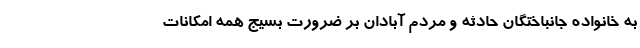
به خانواده جانباختگان حادثه و مردم آبادان بر ضرورت بسیج همه امکانات